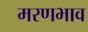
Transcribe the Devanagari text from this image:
मरणभाव